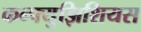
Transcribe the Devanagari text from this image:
कन्फ्युझिशियस